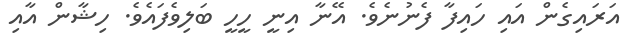
އަރައިގެން އައި ހައިފާ ފެނުނެވެ. އޭނާ އިނީ ހީހީ ބަލިވެފައެވެ. ހިޝާން އާއި